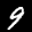
Label: 9